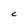
Character: C